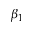
\beta _ { 1 }